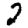
Digit: 2